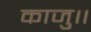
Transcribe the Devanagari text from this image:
काजु॥